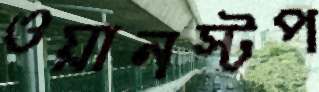
ওয়ানস্টপ